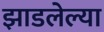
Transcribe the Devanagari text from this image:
झाडलेल्या